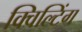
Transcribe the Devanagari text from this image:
क्विल्टिंग